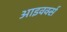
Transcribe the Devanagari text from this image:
आइवर्क्स